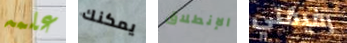
علمه يمكنك الإنطلاق رفيقتي